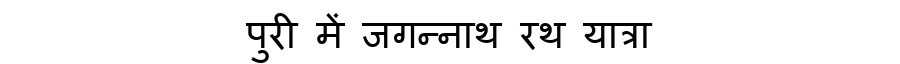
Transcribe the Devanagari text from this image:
पुरी में जगन्नाथ रथ यात्रा